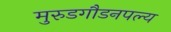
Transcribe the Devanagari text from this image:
मुरुडगौडनपल्य